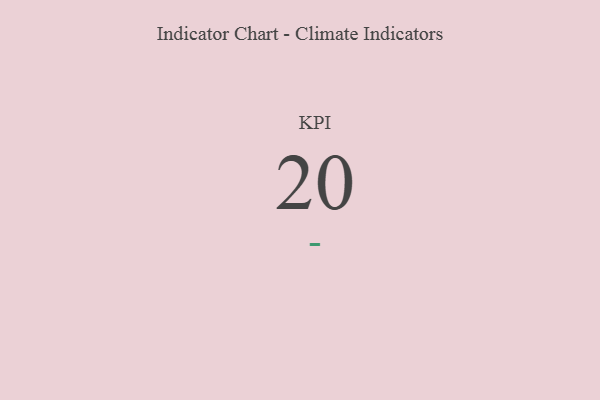
{"axis": {"x": "KPI", "y": "Value"}, "legend": [""], "data": [{"x": "KPI", "y": 20, "type": ""}]}